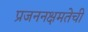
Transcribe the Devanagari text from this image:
प्रजननक्षमतेची